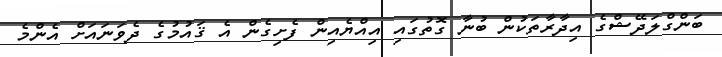
ބަންގްލަދޭޝްގެ އިދާރާތަކުން ބުނާ ގޮތުގައި އިއްޔެއިން ފެށިގެން އެ ޤައުމުގެ ދެވަނައަށް އެންމެ